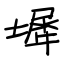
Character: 墀